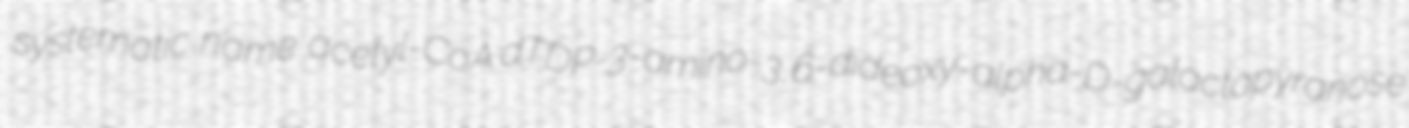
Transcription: systematic name acetyl-CoA:dTDP-3-amino-3,6-dideoxy-alpha-D-galactopyranose